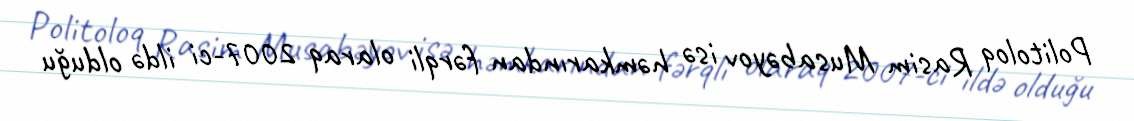
Politoloq Rasim Musabəyov isə həmkarından fərqli olaraq 2007-ci ildə olduğu